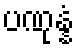
ပဏုန္နံ